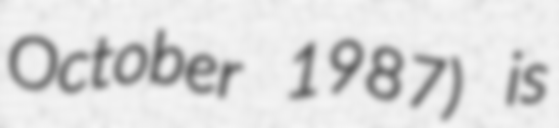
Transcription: October 1987) is